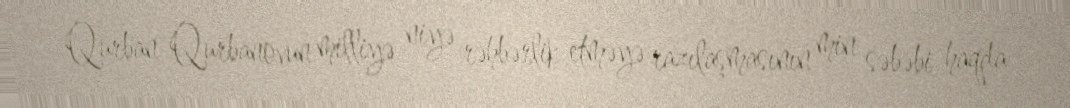
Qurban Qurbanovun milliyə niyə rəhbərlik etməyə razılaşmasının min səbəbi haqda